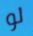
لو